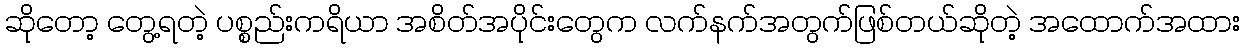
ဆိုတော့ တွေ့ရတဲ့ ပစ္စည်းကရိယာ အစိတ်အပိုင်းတွေက လက်နက်အတွက်ဖြစ်တယ်ဆိုတဲ့ အထောက်အထား